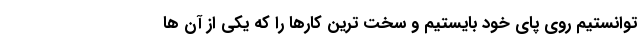
توانستیم روی پای خود بایستیم و سخت ترین کارها را که یکی از آن ها